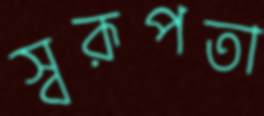
স্বরূপতা